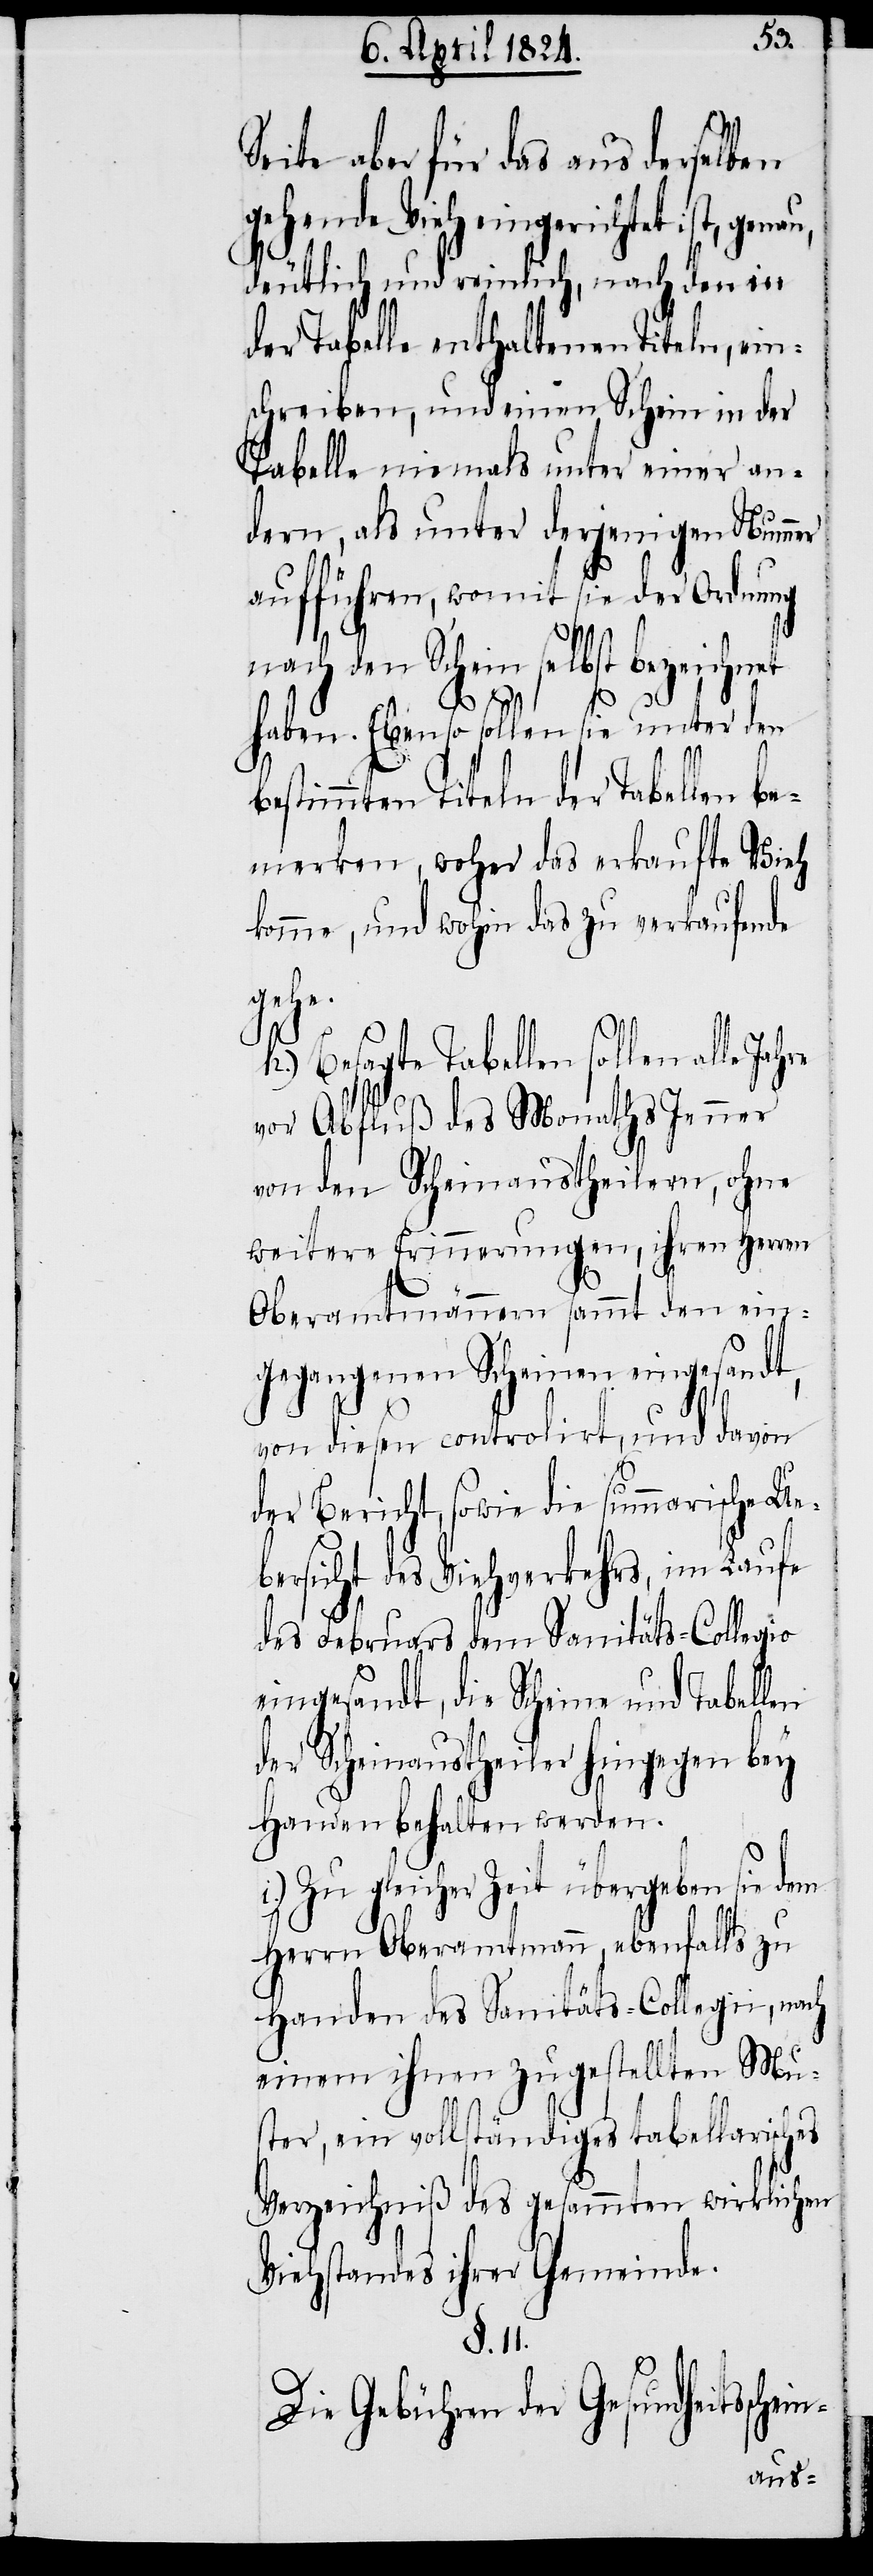
Seite aber für das aus derselben
gehende Vieh eingerichtet ist, gen¬
deutlich und reinlich, nach den in
der Tabelle enthaltenen Titeln, ein¬
schreiben, und einen Schein in der
Tabelle niemals unter einer an¬
dern, als unter derjenigen Nummer
aufführen, womit sie der Ordnung
nach den Schein selbst bezeichnet
haben. Ebenso sollen sie unter den
bestimmten Titeln der Tabellen be¬
merken, woher das verkaufte Vieh
komme, und wohin das zu verkaufende
in-
Besagte Tabellen sollen alle
vor Abfluß des Monaths Jenner
von den Scheinaustheilern, ohne
weitere Erinnerungen, ihren Herren
Oberamtmännern sammt den ein¬
gegangenen Scheinen eingesandt,
von diesen controlirt, und davon
der Bericht, sowie die summarische Ue¬
bersicht des Viehverkehrs, im Laufe
des Februars dem Sanitäts-Collegio
eingesandt, die Scheine und Tabellen
der Scheinaustheiler hingegen bey
Handen behalten werden.
i.) Zu gleicher Zeit übergeben sie dem
Herrn Oberamtmann, ebenfalls zu
Handen des Sanitäts-Collegii, nach
einem ihnen zugestellten Mu¬
ster, ein vollständiges tabellarisches
Verzeichniß des gesammten wirklichen
Viehstandes ihrer Gemeinde.
§. 11.
Die Gebühren der Gesundheitssche¬